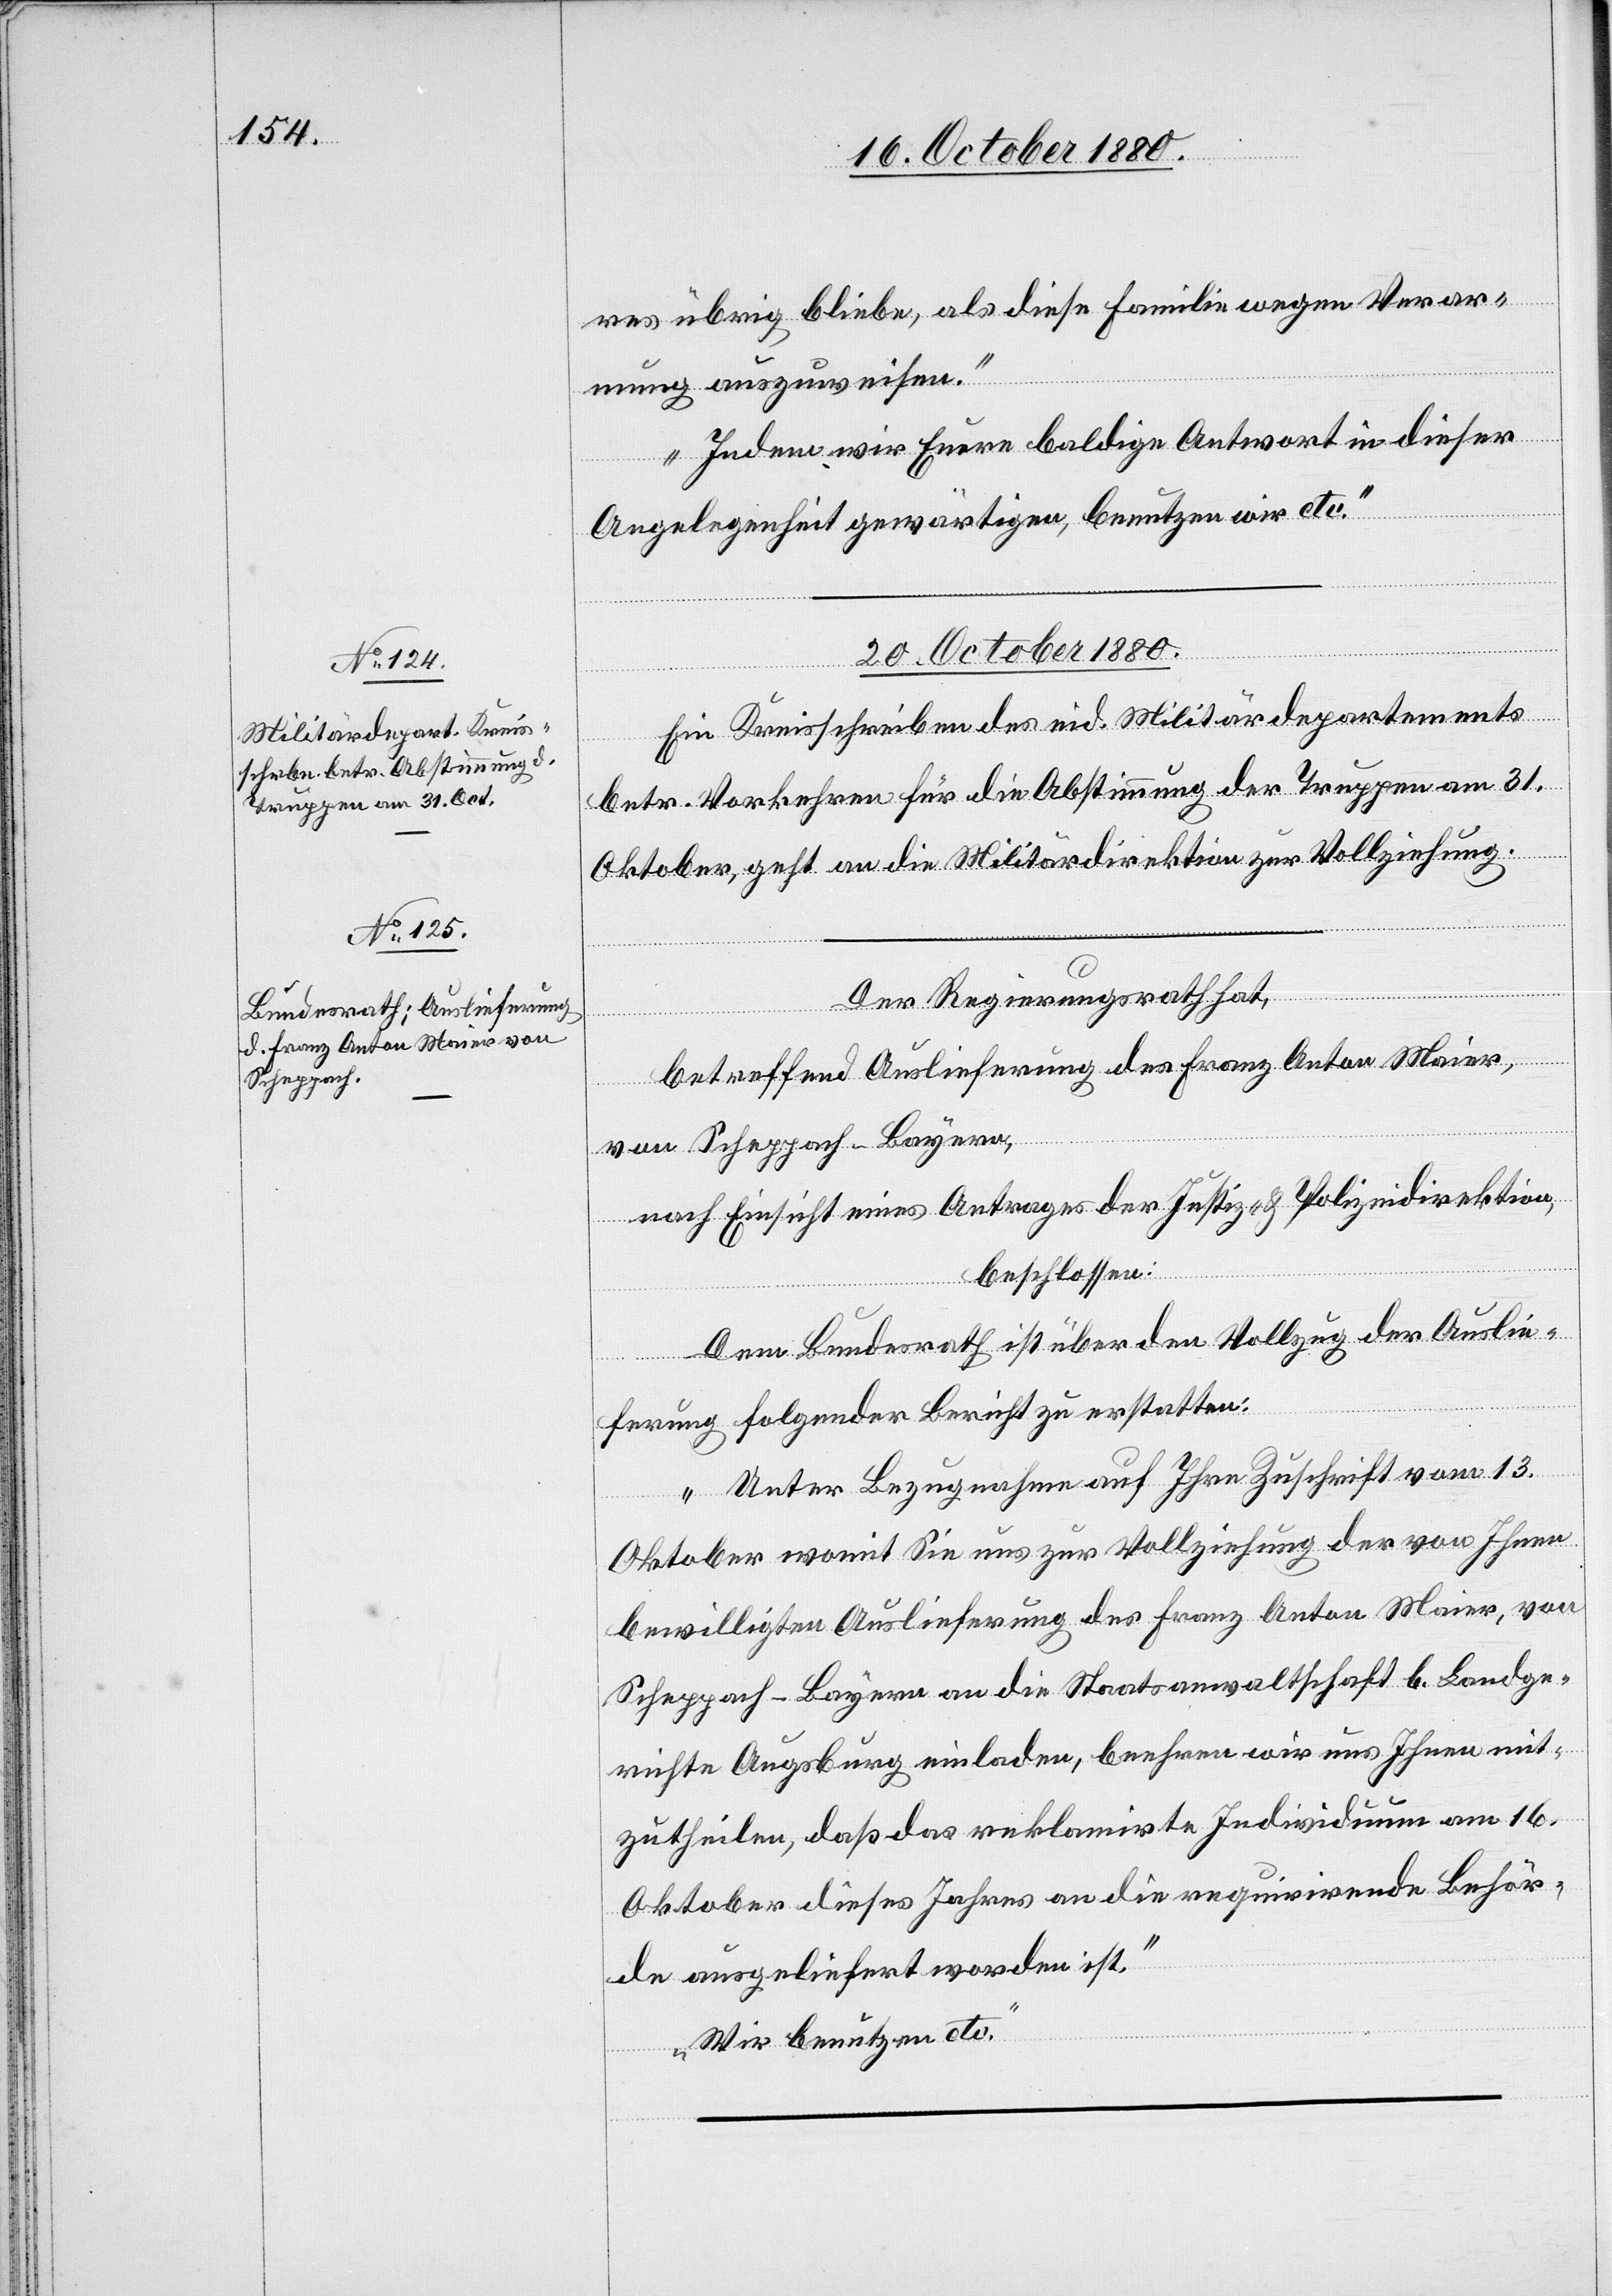
res übrig bliebe, als diese Familie wegen Verar¬
mung auszuweisen.
Indem wir Euere baldige Antwort in dieser
Angelegenheit gewärtigen benutzen wir etc.“
20. October 1880.]
Ein Kreisschreiben des eid. Militärdepartements
betr. Vorkehren für die Abstimmung der Truppen am 31.
Oktober, geht an die Militärdirektion zur Vollziehung.
Der Regierungsrath hat,
betreffend Auslieferung des Franz Anton Maier,
von Scheppach - Bayern,
nach Einsicht eines Antrages der Justiz- & Polizeidirektion,
beschlossen:
Dem Bundesrath ist über den Vollzug der Auslie¬
ferung folgender Bericht zu erstatten:
„Unter Bezugnahme auf Ihre Zuschrift vom 13.
Oktober womit Sie uns zur Vollziehung der von Ihnen
bewilligten Auslieferung des Franz Anton Maier, von
Scheppach - Bayern an die Staatsanwaltschaft b. Landge¬
richte Augsburg einladen, beehren wir uns Ihnen mit¬
zutheilen, daß das reklamirte Individuum am 16.
Oktober dieses Jahres an die requirirende Behör¬
de ausgeliefert worden ist.
Wir benutzen etc.“